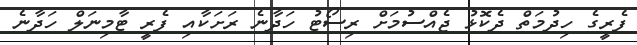
ފެރީގެ ހިދުމަތް ދެކޮޅު ޖެއްސުމަށް ރިސޯޓު ހަދާނެ ރަށަކާއި ފެރީ ޓާމިނަލް ހަދާނެ